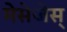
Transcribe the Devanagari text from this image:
मेसेजेस्